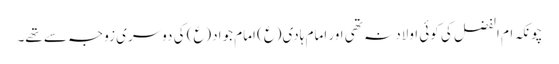
چونکہ ام الفضل کی کوئی اولاد نہ تھی اور امام ہادی(ع) امام جواد(ع) کی دوسری زوجہ سے تھے۔